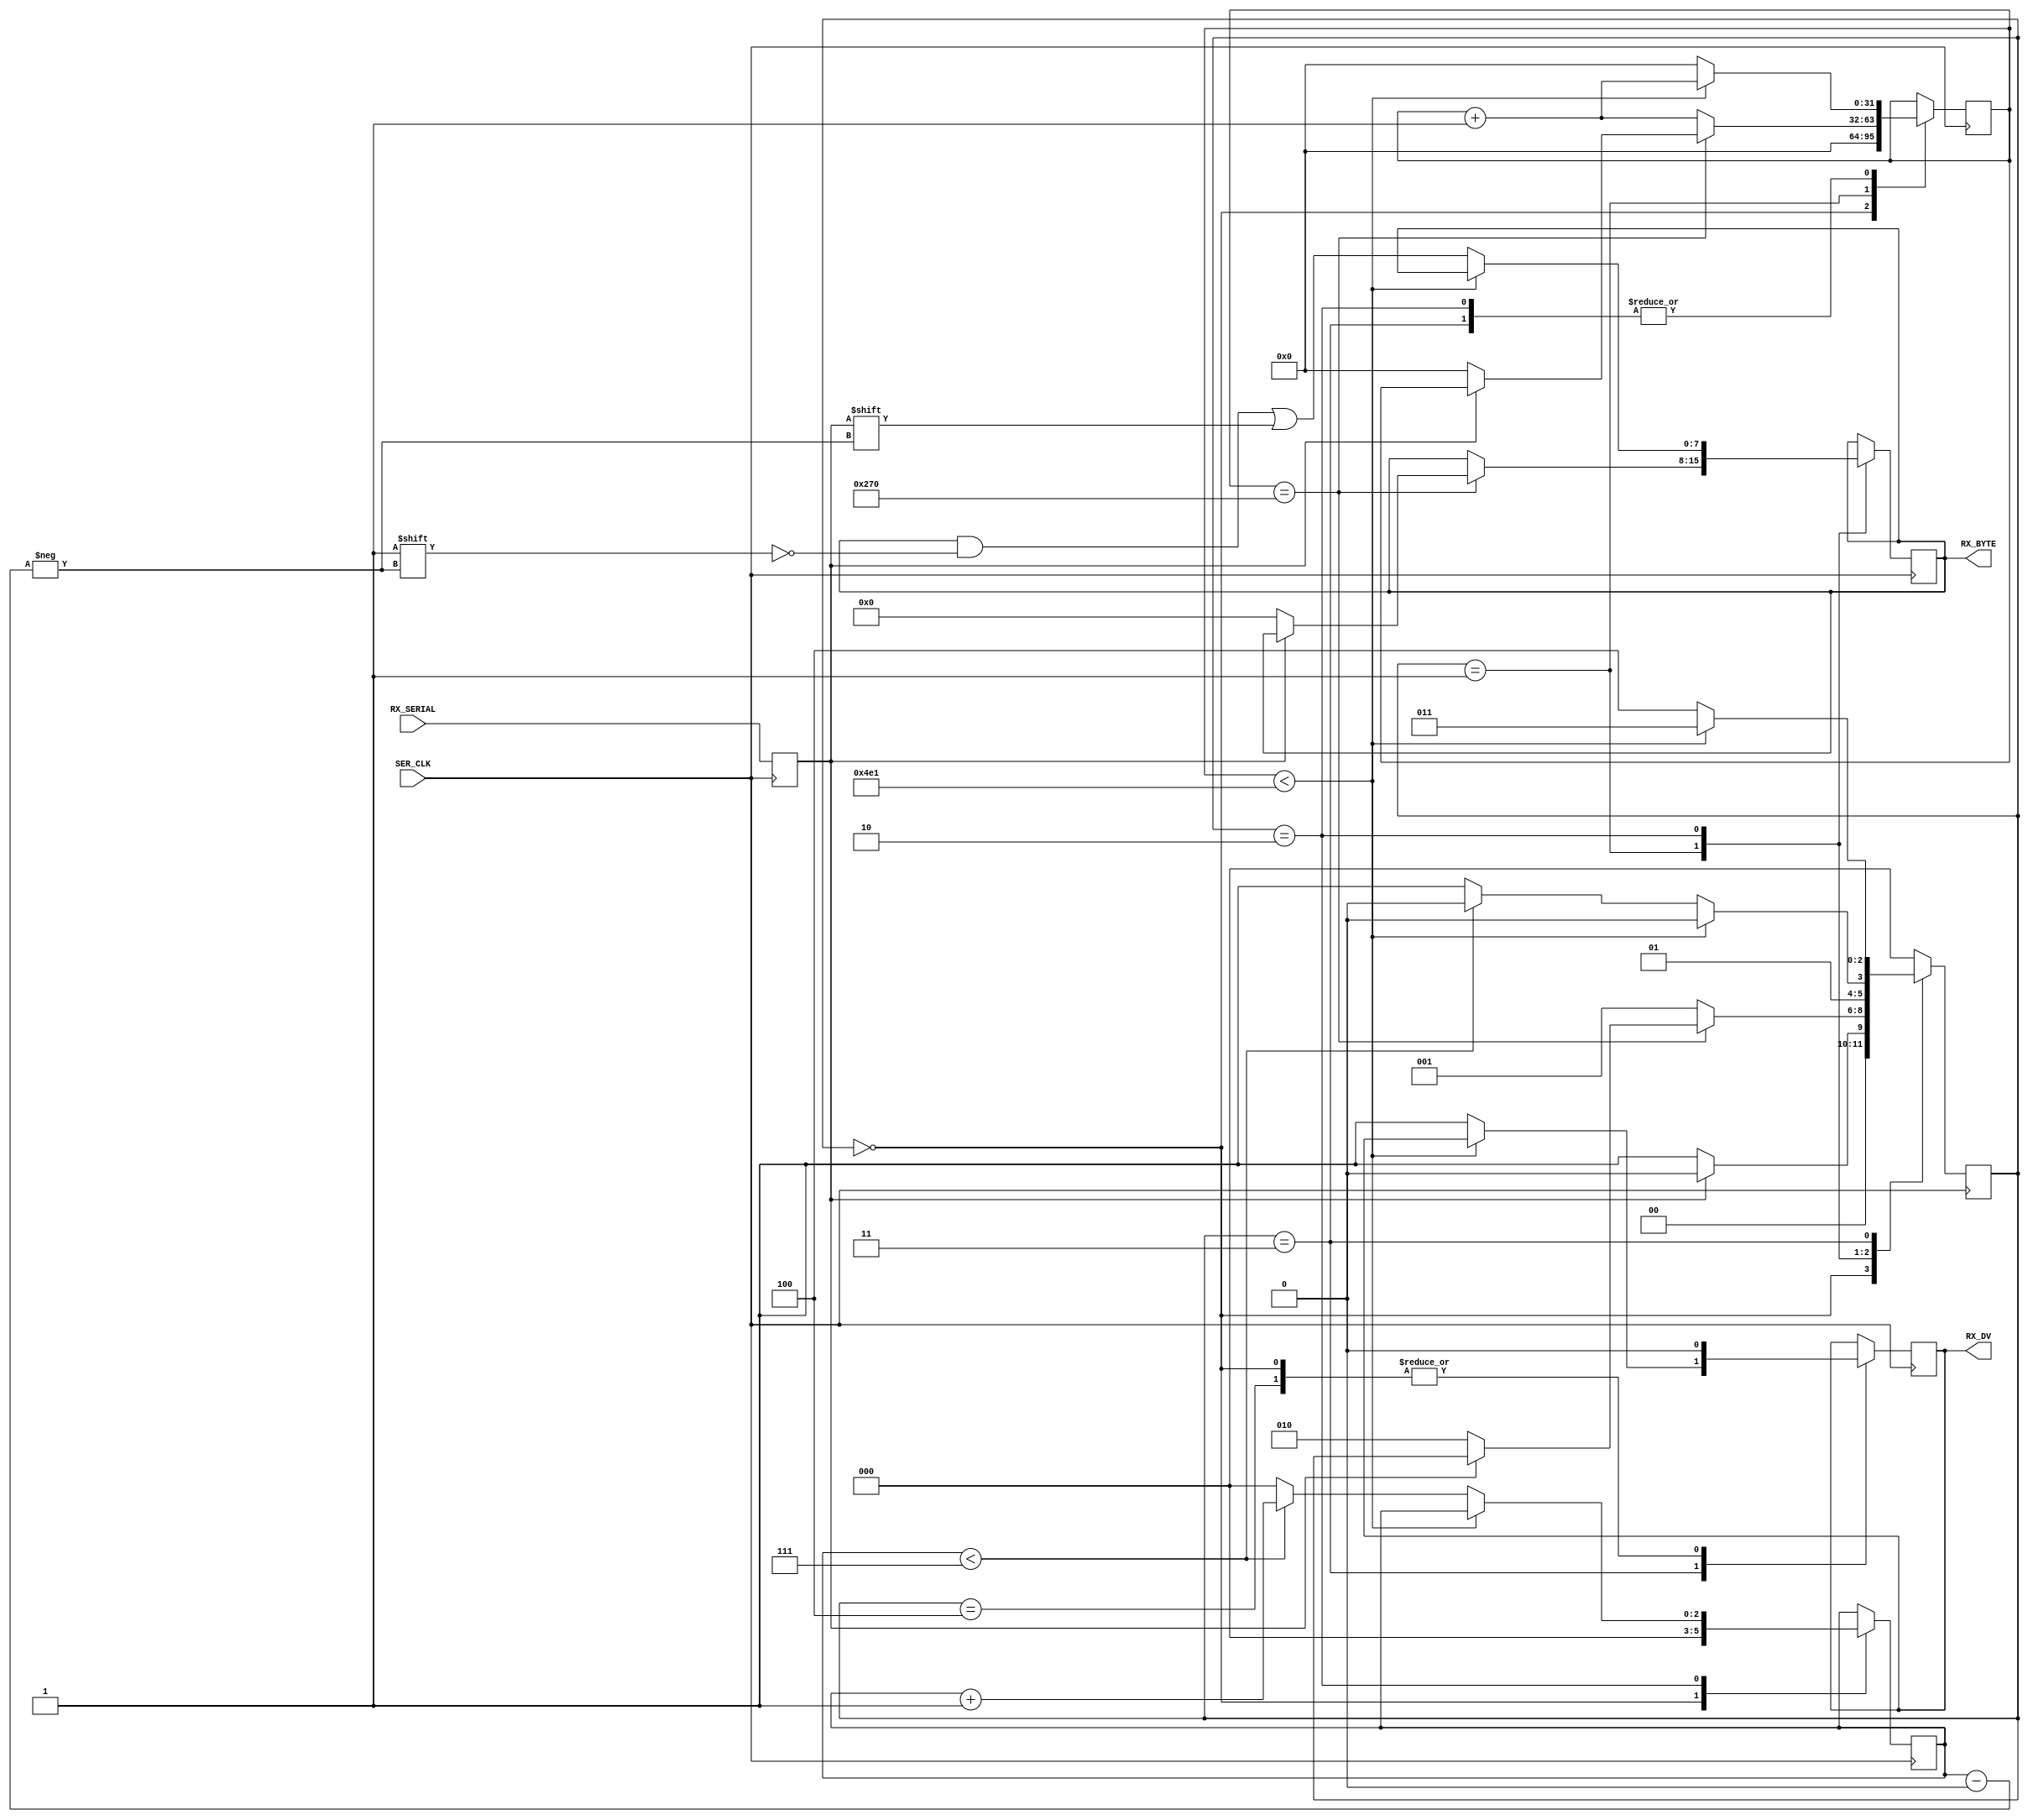
// based on https://www.nandland.com/vhdl/modules/module-uart-serial-port-rs232.html

`default_nettype none
`timescale 1ns / 1ps

module uart_rx 
(
    input        SER_CLK,
    input        RX_SERIAL,
    output       RX_DV,
    output [7:0] RX_BYTE
);

    parameter UART_BAUD    = 9600;
    // parameter UART_BAUD    = 115200;
    // parameter UART_BAUD    = 921600;
    parameter CLKS_PER_BIT = (12_000_000 / UART_BAUD);

    parameter IDLE    = 3'b000;
    parameter START   = 3'b001;
    parameter DATA    = 3'b010;
    parameter STOP    = 3'b011;
    parameter CLEANUP = 3'b100;

    // NOTE: if clock counter doesn't have enough bits it can overflow
    // quite easily
    reg [31:0] Clock_Count = 0; 
    reg [2:0]  Bit_Idx     = 0;
    reg [7:0]  Rx_Byte     = 0;
    reg        Rx_Dv       = 0;
    reg [2:0]  State       = 0;
    reg        Rx_Data     = 1;

    always @(posedge SER_CLK) begin
        Rx_Data <= RX_SERIAL;
    end

    always @(posedge SER_CLK) begin
        case (State)
            IDLE: begin // no data on line
                Rx_Dv       <= 1'b0;
                Clock_Count <= 0;
                Bit_Idx     <= 0;

                // check for start bit
                if (Rx_Data == 0)
                    State <= START;
                else
                    State <= IDLE;
            end // IDLE

            START: begin // start bit detected
                if (Clock_Count == (CLKS_PER_BIT-1)/2) begin // wait to halfway through
                    if (Rx_Data == 0) begin                  // clock period, check
                        Clock_Count <= 0;                    // that start bit is still
                        State       <= DATA;                 // valid. If so, recieve
                        Rx_Byte     <= 0;                    // the data
                    end
                end
                else begin                           // clock up to halfway through
                    Clock_Count <= Clock_Count + 1;  // the start bit
                    State       <= START;
                end
            end // START

            DATA: begin
                if (Clock_Count < CLKS_PER_BIT - 1) begin
                    Clock_Count <= Clock_Count + 1;
                    State       <= DATA;
                end
                else begin
                    Clock_Count      <= 0;
                    Rx_Byte[Bit_Idx] <= Rx_Data;
                    // more bits to recieve?
                    if (Bit_Idx < 7) begin
                        Bit_Idx <= Bit_Idx + 1;
                        State   <= DATA;
                    end
                    else begin
                        Bit_Idx <= 0;
                        State   <= STOP;
                    end
                end
            end // DATA

            STOP: begin
                if (Clock_Count < CLKS_PER_BIT - 1) begin // wait for stop bit to finish
                    Clock_Count <= Clock_Count + 1;
                    State       <= STOP;
                end
                else begin
                    Rx_Dv       <= 1'b1;
                    Clock_Count <= 0;
                    State       <= CLEANUP;
                end
            end // STOP

            CLEANUP: begin // pretty optional I think
                State <= IDLE;
                Rx_Dv <= 1'b0;
            end // CLEANUP

            default:
                State <= IDLE;
        endcase
    end
 
    assign RX_DV   = Rx_Dv;
    assign RX_BYTE = Rx_Byte;

endmodule